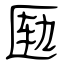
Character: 匦